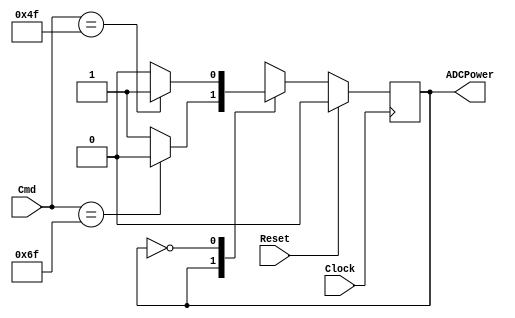
`timescale 1ns / 1ps
//////////////////////////////////////////////////////////////////////////////////
// Company: 
// Engineer: 
// 
// Design Name: 
// Module Name:    ADCPowerFSM 
// Project Name: 
// Target Devices: 
// Tool versions: 
// Description: 
//
// Dependencies: 
//
// Revision: 
// Revision 0.01 - File Created
// Additional Comments: 
//
//////////////////////////////////////////////////////////////////////////////////
module ADCPowerFSM(
    input Clock,
    input Reset,
    input [7:0] Cmd,
    output ADCPower
    );

	localparam POWER_OFF = 1'b0,
				  POWER_ON = 1'b1;
		
	reg CurrentState = POWER_OFF;
	reg NextState = POWER_OFF;

	assign ADCPower = (CurrentState == POWER_ON);

	//--------------------------------------------
	//Synchronous State Transition
	//--------------------------------------------
	always@(posedge Clock) begin
		if(Reset) CurrentState <= POWER_OFF;
		else CurrentState <= NextState;
	end

	//------------------------------------------
	//Conditional State Transition
	//------------------------------------------
	always@(*) begin
		NextState = CurrentState;
		case (CurrentState) 
			POWER_ON: begin
				if (Cmd == 111) NextState = POWER_OFF; //'o'
			end
			POWER_OFF: begin
				if (Cmd == 79) NextState = POWER_ON; //'O'
			end
		endcase
	end
endmodule